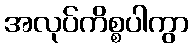
အလုပ်ကိစ္စပါကွာ